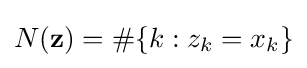
N(\mathbf {z} )=\#\{k:z_{k}=x_{k}\}